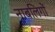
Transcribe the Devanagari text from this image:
नाबलिगों